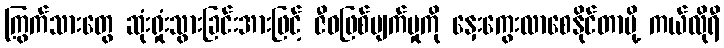
ကြွက်သားတွေ ဆုံးရှုံးသွားခြင်းအားဖြင့် ဇီဝဖြစ်ပျက်မှုကို နှေးကွေးလာစေနိုင်တာမို့ ကယ်လိုရီ